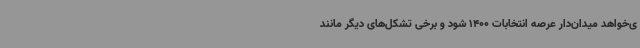
ی‌خواهد میدان‌دار عرصه انتخابات 1400 شود و برخی تشکل‌های دیگر مانند